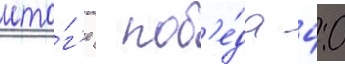
ито́г'е  поб'е́да 4:0